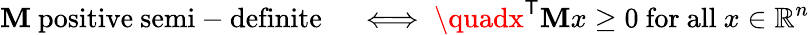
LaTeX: \mathbf{M}{\mathrm{{~positive~semi-definite}}}\quad\iff\quadx^{\textsf{{T}}}\mathbf{M}x\geq0{\mathrm{{~for~all~}}}x\in\mathbb{{R}}^{n}